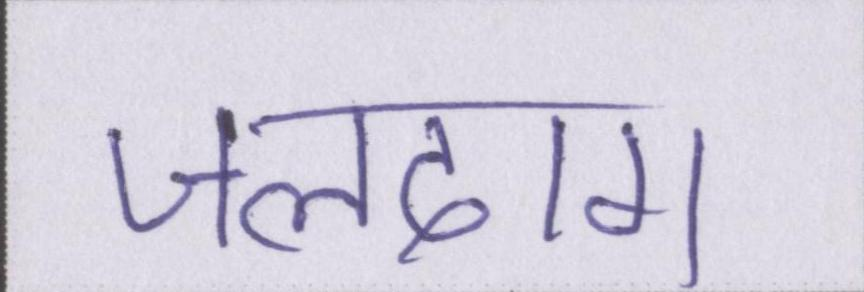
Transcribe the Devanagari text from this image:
जलदाग